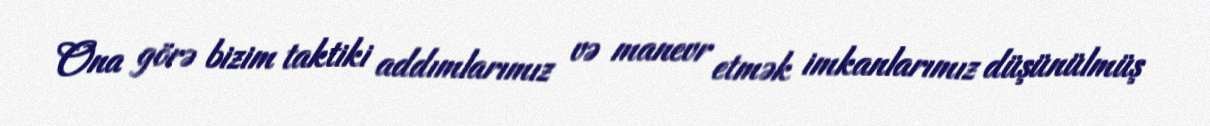
Ona görə bizim taktiki addımlarımız və manevr etmək imkanlarımız düşünülmüş